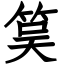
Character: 筽